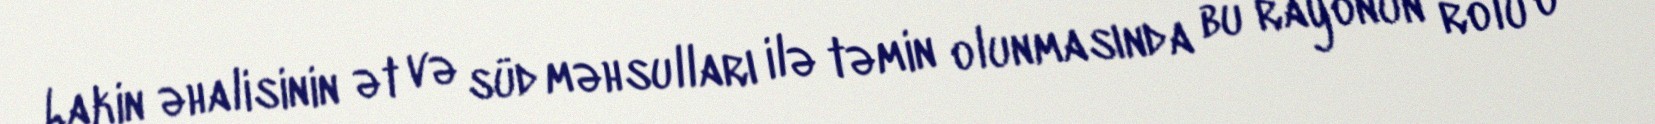
Lakin əhalisinin ət və süd məhsulları ilə təmin olunmasında bu rayonun rolu o